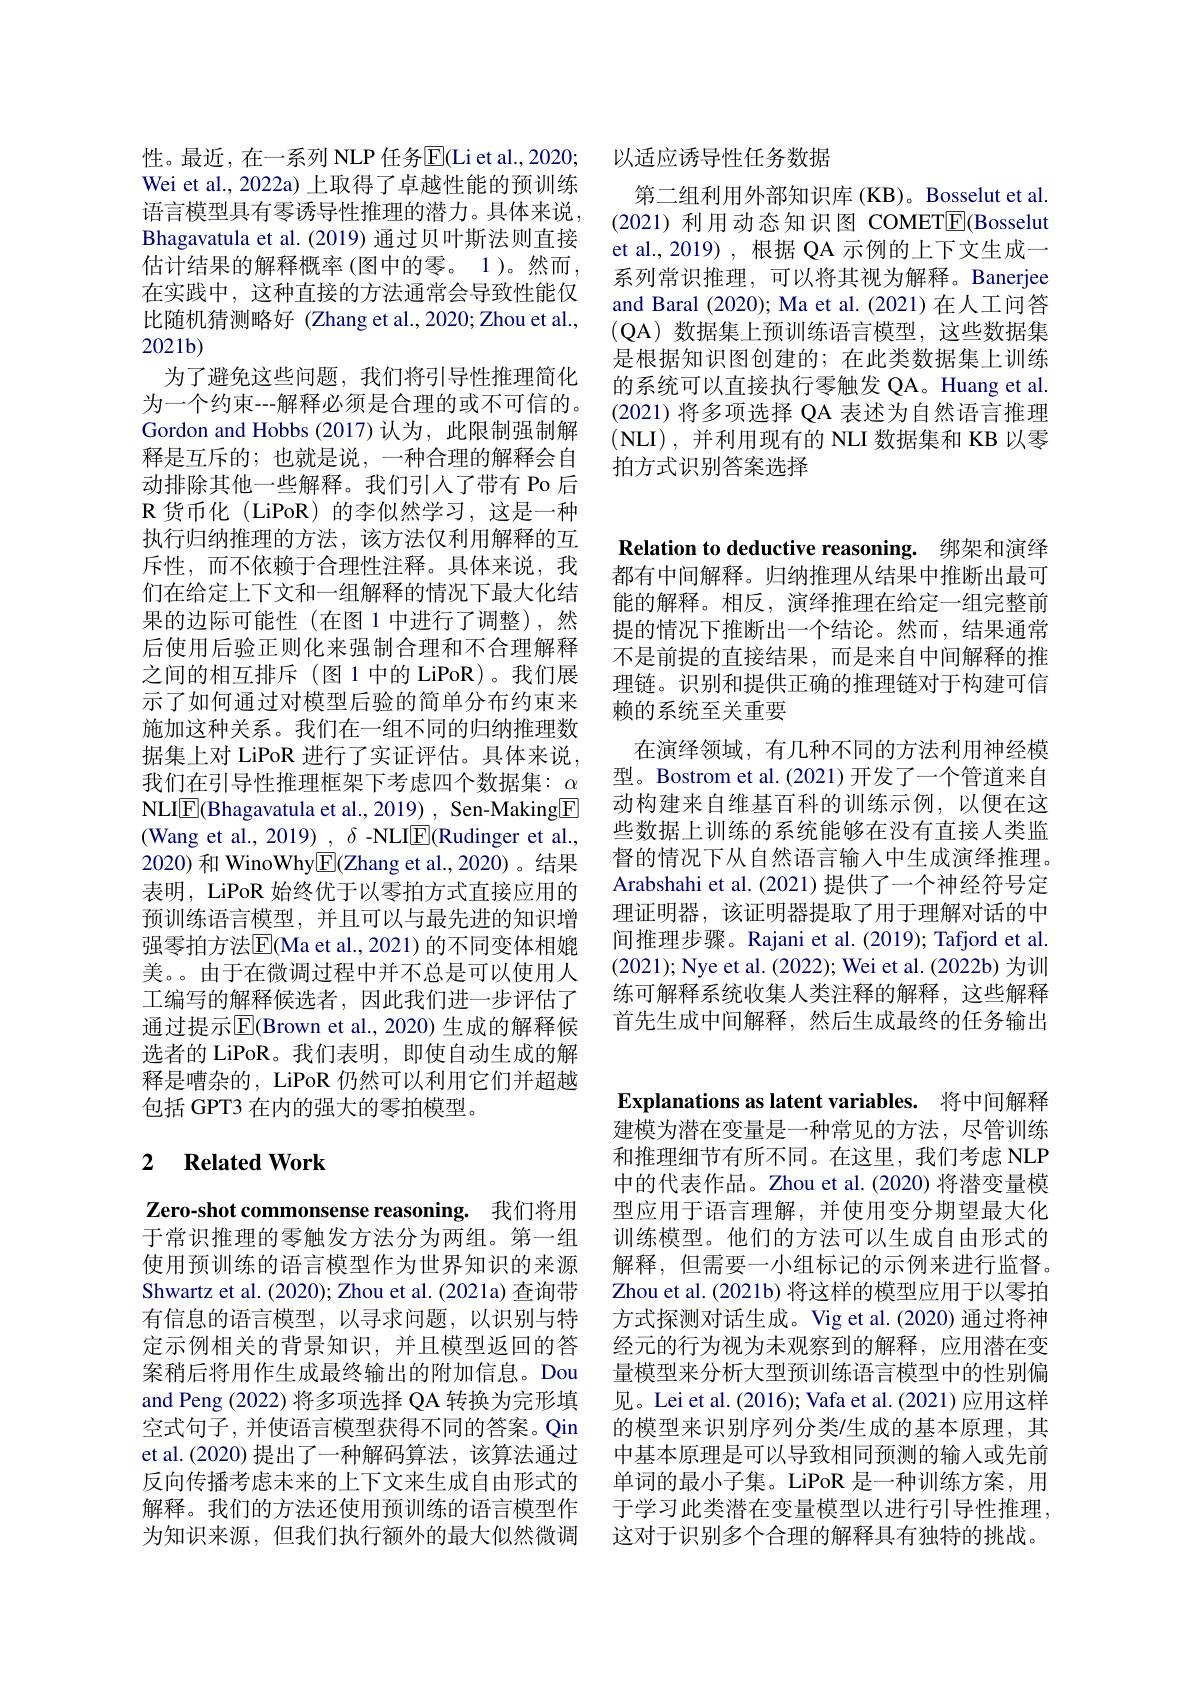
性。最近，在一系列 NLP 任务$\overline{\mathrm{E}}($Li et al.,2020; Wei et al., 2022a) 上取得了卓越性能的预训练语言模型具有零诱导性推理的潜力。具体来说， Bhagavatula et al. (2019) 通过贝叶斯法则直接估计结果的解释概率 (图中的零。1)。然而， 在实践中，这种直接的方法通常会导致性能仅比随机猜测略好 (Zhang et al.,2020;Zhou et al., 2021b)
为了避免这些问题，我们将引导性推理简化为一个约束---解释必须是合理的或不可信的。Gordon and Hobbs (2017)认为，此限制强制解释是互斥的；也就是说，一种合理的解释会自动排除其他一些解释。我们引人了带有 Po 后${\mathrm{R}}$货币化(LiPoR)的李似然学习，这是一种执行归纳推理的方法，该方法仅利用解释的互斥性，而不依赖于合理性注释。具体来说，我们在给定上下文和一组解释的情况下最大化结果的边际可能性(在图 1 中进行了调整),然后使用后验正则化来强制合理和不合理解释之间的相互排斥(图1中的 LiPoR)。我们展示了如何通过对模型后验的简单分布约束来施加这种关系。我们在一组不同的归纳推理数据集上对 LiPoR 进行了实证评估。具体来说， 我们在引导性推理框架下考虑四个数据集：$\alpha$ NLI$\underline{\mathrm{E}}($Bhagavatula et al., 2019) , Sen-Making$\underline{\mathrm{E}}$ (Wang et al., 2019) , $\delta$ -NLIE(Rudinger et al., 2020) 和 WinoWhy$\underline{\mathrm{E}}($Zhang et al.,2020)。结果表明，LiPoR 始终优于以零拍方式直接应用的预训练语言模型，并且可以与最先进的知识增强零拍方法$\overline{\mathrm{E}}($Ma et al., 2021)的不同变体相媲美。。由于在微调过程中并不总是可以使用人工编写的解释候选者，因此我们进一步评估了通过提示$\overline{\mathrm{E}}($Brown et al.,2020) 生成的解释候选者的 LiPoR。我们表明，即使自动生成的解释是嘈杂的，LiPoR 仍然可以利用它们并超越包括 GPT3 在内的强大的零拍模型。

## 2 Related Work

Zero-shot commonsense reasoning. 我们将用于常识推理的零触发方法分为两组。第一组使用预训练的语言模型作为世界知识的来源Shwartz et al. (2020); Zhou et al. (2021a) 查询带有信息的语言模型，以寻求问题，以识别与特定示例相关的背景知识，并且模型返回的答案稍后将用作生成最终输出的附加信息。Dou and Peng (2022) 将多项选择 QA 转换为完形填空式句子，并使语言模型获得不同的答案。Qin et al.(2020) 提出了一种解码算法，该算法通过反向传播考虑未来的上下文来生成自由形式的解释。我们的方法还使用预训练的语言模型作为知识来源，但我们执行额外的最大似然微调

以适应诱导性任务数据
第二组利用外部知识库(KB)。Bosselut et al (2021)利用动态知识图 COMET$\boxed{\mathrm{F}}($Bosselut et al.,2019),根据 QA 示例的上下文生成一系列常识推理，可以将其视为解释。Banerjee and Baral (2020); Ma et al. (2021) 在人工问答(QA)数据集上预训练语言模型，这些数据集是根据知识图创建的；在此类数据集上训练的系统可以直接执行零触发 QA。Huang et al. (2021)将多项选择 QA 表述为自然语言推理(NLI),并利用现有的 NLI 数据集和 KB 以零拍方式识别答案选择

Relation to deductive reasoning. 绑架和演绎都有中间解释。归纳推理从结果中推断出最可能的解释。相反，演绎推理在给定一组完整前提的情况下推断出一个结论。然而，结果通常不是前提的直接结果，而是来自中间解释的推理链。识别和提供正确的推理链对于构建可信赖的系统至关重要
在演绎领域，有几种不同的方法利用神经模型。Bostrom et al.(2021)开发了一个管道来自动构建来自维基百科的训练示例，以便在这些数据上训练的系统能够在没有直接人类监督的情况下从自然语言输入中生成演绎推理。Arabshahi et al. (2021) 提供了一个神经符号定理证明器，该证明器提取了用于理解对话的中间推理步骤。Rajani et al. (2019); Tafjord et al. (2021); Nye et al. (2022); Wei et al. (2022b) 为训练可解释系统收集人类注释的解释，这些解释首先生成中间解释，然后生成最终的任务输出Explanations as latent variables. 将中间解释建模为潜在变量是一种常见的方法，尽管训练和推理细节有所不同。在这里，我们考虑 NLP 中的代表作品。Zhou et al.(2020) 将潜变量模型应用于语言理解，并使用变分期望最大化训练模型。他们的方法可以生成自由形式的解释，但需要一小组标记的示例来进行监督。Zhou et al. (2021b) 将这样的模型应用于以零拍方式探测对话生成。Vig et al.(2020) 通过将神经元的行为视为未观察到的解释，应用潜在变量模型来分析大型预训练语言模型中的性别偏见。Lei et al. (2016); Vafa et al. (2021) 应用这样的模型来识别序列分类/生成的基本原理，其中基本原理是可以导致相同预测的输入或先前单词的最小子集。LiPoR 是一种训练方案，用于学习此类潜在变量模型以进行引导性推理， 这对于识别多个合理的解释具有独特的挑战。